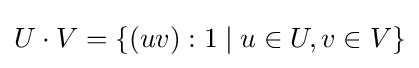
U\cdot V=\{(uv):1\mid u\in U,v\in V\}